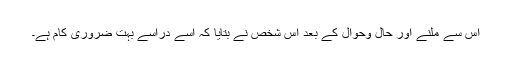
اس سے ملنے اور حال وحوال کے بعد اس شخص نے بتایا کہ اسے دراؔسے بہت ضروری کام ہے۔